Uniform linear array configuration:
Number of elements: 12
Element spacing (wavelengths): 1
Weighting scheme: blackman
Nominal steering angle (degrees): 0
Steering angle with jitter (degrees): -0.3228
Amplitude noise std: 0.05
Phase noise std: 0.05

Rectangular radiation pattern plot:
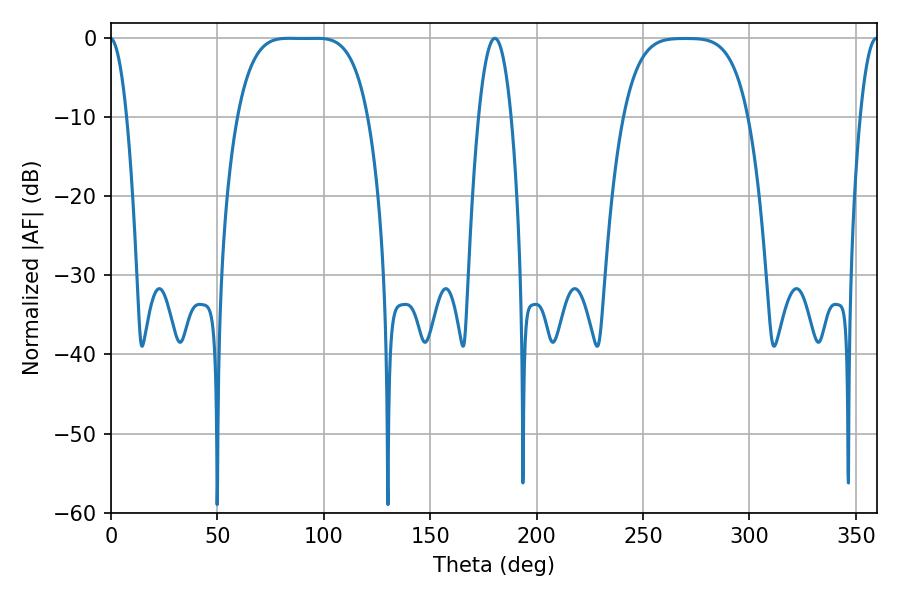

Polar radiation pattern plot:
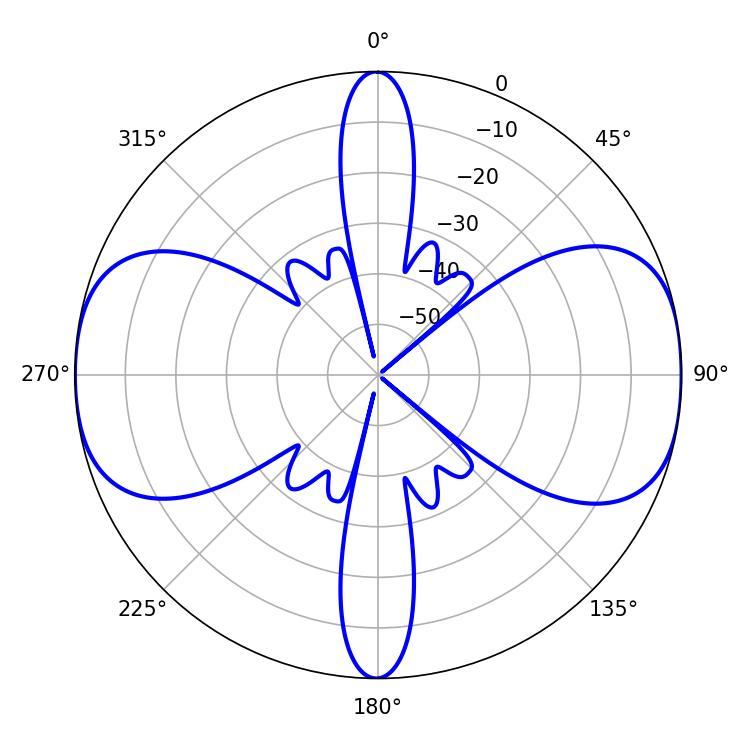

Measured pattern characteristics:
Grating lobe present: TRUE
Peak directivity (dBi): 14.815
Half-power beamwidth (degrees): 46.44
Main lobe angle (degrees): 83.52